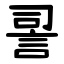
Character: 䛐